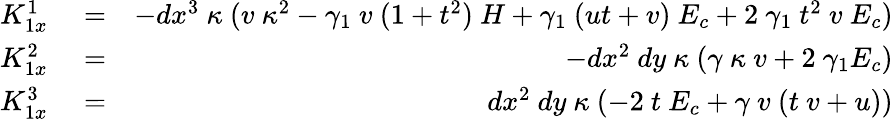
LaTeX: \begin{array}{rlr}{K_{1x}^{1}}&{{}=}&{-dx^{3}~\kappa~(v~\kappa^{2}-\gamma_{1}~v~(1+t^{2})~H+\gamma_{1}~(ut+v)~E_{c}+2~\gamma_{1}~t^{2}~v~E_{c})}\\ {K_{1x}^{2}}&{{}=}&{-dx^{2}~dy~\kappa~(\gamma~\kappa~v+2~\gamma_{1}E_{c})}\\ {K_{1x}^{3}}&{{}=}&{dx^{2}~dy~\kappa~(-2~t~E_{c}+\gamma~v~(t~v+u))}\end{array}